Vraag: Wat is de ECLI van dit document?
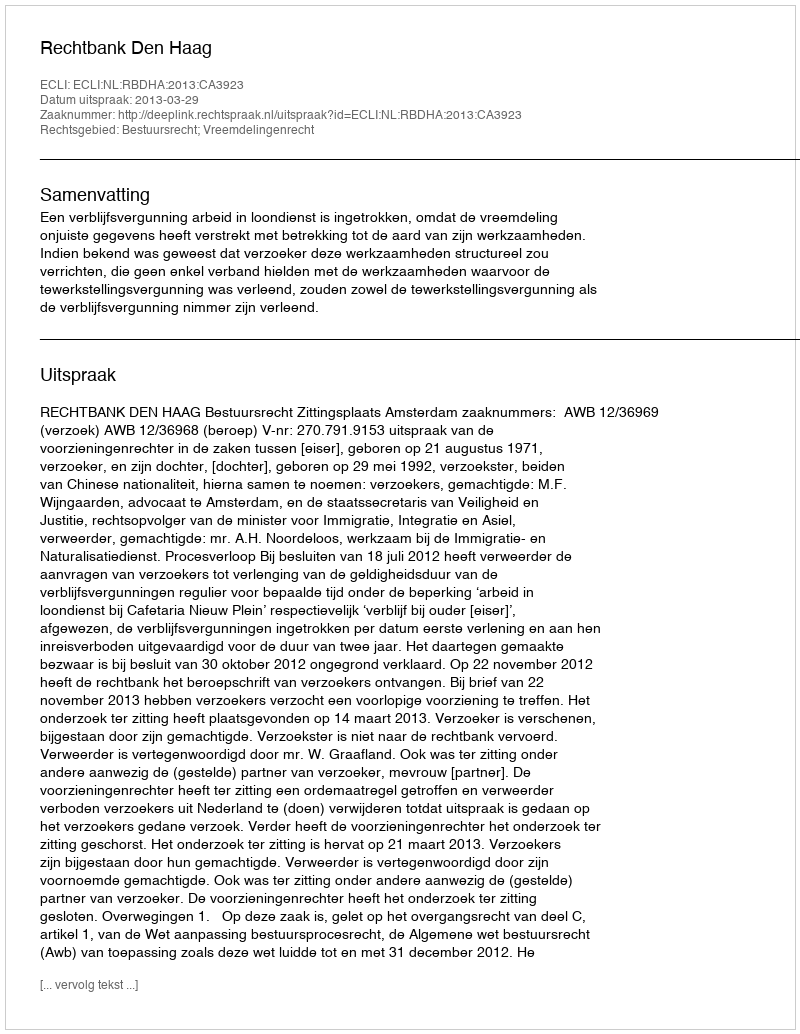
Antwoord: ECLI:NL:RBDHA:2013:CA3923